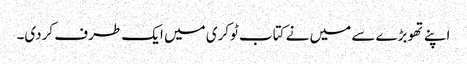
اپنے تھوبڑے سے میں نے کتاب ٹوکری میں ایک طرف کردی۔